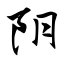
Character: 阴